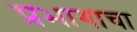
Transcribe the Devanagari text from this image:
प्रभागाचा